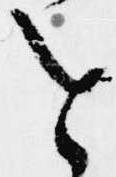
を